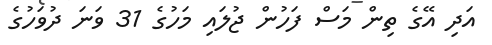
އަދި އޭގެ ތިން މަސް ފަހުން ޖުލައި މަހުގެ 31 ވަނަ ދުވަހުގެ